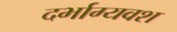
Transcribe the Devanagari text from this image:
दर्भाग्यवश